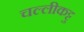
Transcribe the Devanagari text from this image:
चल्लीकट्टु